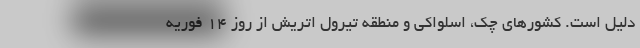
دلیل است. کشورهای چک، اسلواکی و منطقه تیرول اتریش از روز 14 فوریه